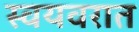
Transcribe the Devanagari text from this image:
स्वयवरात